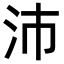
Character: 沛